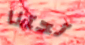
تحتنا